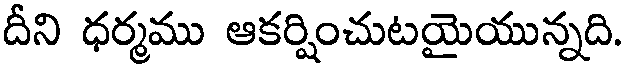
దీని ధర్మము ఆకర్షించుటయైయున్నది.